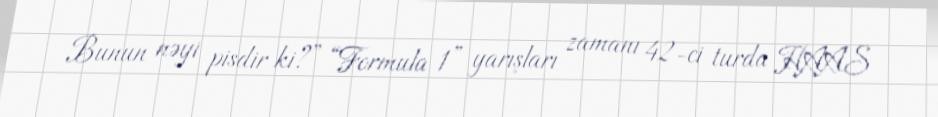
Bunun nəyi pisdir ki?” “Formula 1” yarışları zamanı 42-ci turda HAAS